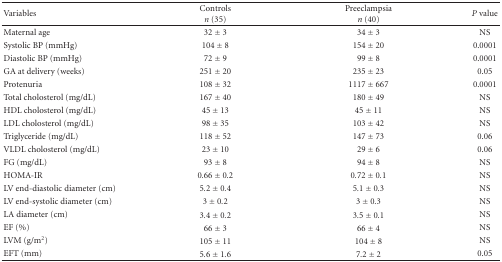
| Variables | Controlsn (35) | Preeclampsian (40) | P value |
 | --- | --- | --- | --- |
 | Maternal age | 32 ± 3 | 34 ± 3 | NS |
 | Systolic BP (mmHg) | 104 ± 8 | 154 ± 20 | 0.0001 |
 | Diastolic BP (mmHg) | 72 ± 9 | 99 ± 8 | 0.0001 |
 | GA at delivery (weeks) | 251 ± 20 | 235 ± 23 | 0.05 |
 | Protenuria | 108 ± 32 | 1117 ± 667 | 0.0001 |
 | Total cholosterol (mg/dL) | 167 ± 40 | 180 ± 49 | NS |
 | HDL cholosterol (mg/dL) | 45 ± 13 | 45 ± 11 | NS |
 | LDL cholosterol (mg/dL) | 98 ± 35 | 103 ± 42 | NS |
 | Triglyceride (mg/dL) | 118 ± 52 | 147 ± 73 | 0.06 |
 | VLDL cholosterol (mg/dL) | 23 ± 10 | 29 ± 6 | 0.06 |
 | FG (mg/dL) | 93 ± 8 | 94 ± 8 | NS |
 | HOMA-IR | 0.66 ± 0.2 | 0.72 ± 0.1 | NS |
 | LV end-diastolic diameter (cm) | 5.2 ± 0.4 | 5.1 ± 0.3 | NS |
 | LV end-systolic diameter (cm) | 3 ± 0.2 | 3 ± 0.3 | NS |
 | LA diameter (cm) | 3.4 ± 0.2 | 3.5 ± 0.1 | NS |
 | EF (%) | 66 ± 3 | 66 ± 4 | NS |
 | LVM (g/m2) | 105 ± 11 | 104 ± 8 | NS |
 | EFT (mm) | 5.6 ± 1.6 | 7.2 ± 2 | 0.05 |